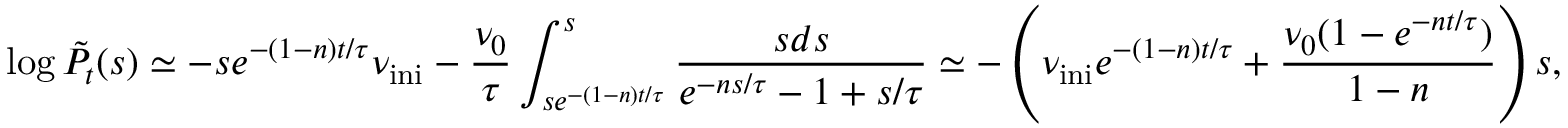
\log \tilde { P } _ { t } ( s ) \simeq - s e ^ { - ( 1 - n ) t / \tau } \nu _ { \mathrm { { i n i } } } - \frac { \nu _ { 0 } } { \tau } \int _ { s e ^ { - ( 1 - n ) t / \tau } } ^ { s } \frac { s d s } { e ^ { - n s / \tau } - 1 + s / \tau } \simeq - \left( \nu _ { \mathrm { i n i } } e ^ { - ( 1 - n ) t / \tau } + \frac { \nu _ { 0 } ( 1 - e ^ { - n t / \tau } ) } { 1 - n } \right) s ,